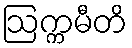
ဩက္ကမီတိ